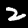
Digit: 2